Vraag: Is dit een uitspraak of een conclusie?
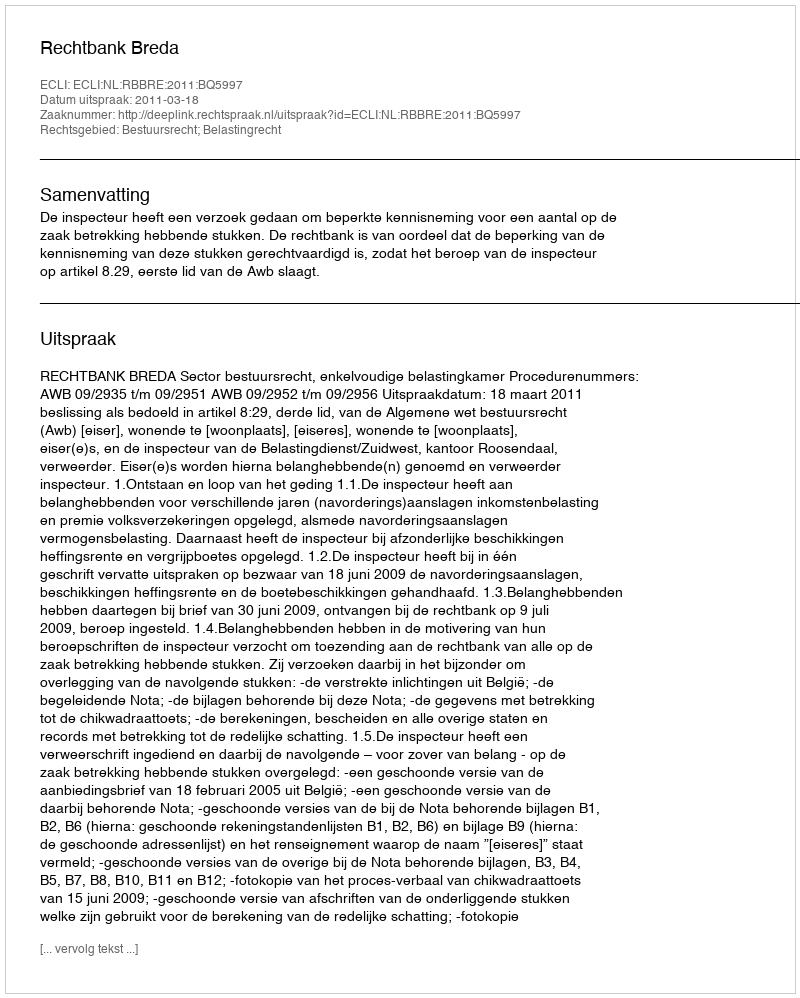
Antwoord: Uitspraak